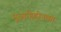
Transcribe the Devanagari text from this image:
मुज़ाहिद्दीनका